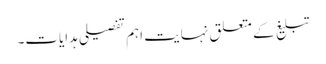
تبلیغ کے متعلق نہایت اہم تفصیلی ہدایات۔